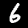
Digit: 6